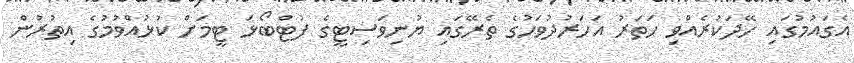
އެގައުމުގައި ހޭދަކުރެއްވި ހަތަރު އަހަރުދުވަހުގެ ތެރޭގައި ޔުނިވަސިޓީގެ ފުޓްބޯޅަ ޓީމަށް ކުޅުއްވުމުގެ އިތުރުން